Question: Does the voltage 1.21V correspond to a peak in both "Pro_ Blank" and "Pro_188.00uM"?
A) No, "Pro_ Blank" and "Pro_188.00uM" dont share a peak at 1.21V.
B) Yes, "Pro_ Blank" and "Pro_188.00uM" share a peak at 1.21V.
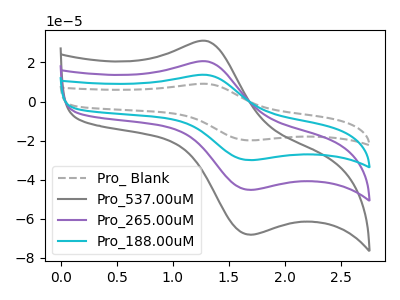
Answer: <think>The gray dashed curve "Pro_ Blank" has an anodic peak at (1.30V, 61.60uA) and a cathodic peak at (1.70V, -135.80uA). The gray curve "Pro_537.00uM" has an anodic peak at (1.30V, 30.95uA) and a cathodic peak at (1.70V, -68.25uA). The purple curve "Pro_265.00uM" has an anodic peak at (1.30V, 20.55uA) and a cathodic peak at (1.70V, -45.25uA). The cyan curve "Pro_188.00uM" has an anodic peak at (1.30V, 41.10uA) and a cathodic peak at (1.70V, -90.50uA).</think>
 <answer>A) No, "Pro_ Blank" and "Pro_188.00uM" dont share a peak at 1.21V.</answer>
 <eval>A</eval>